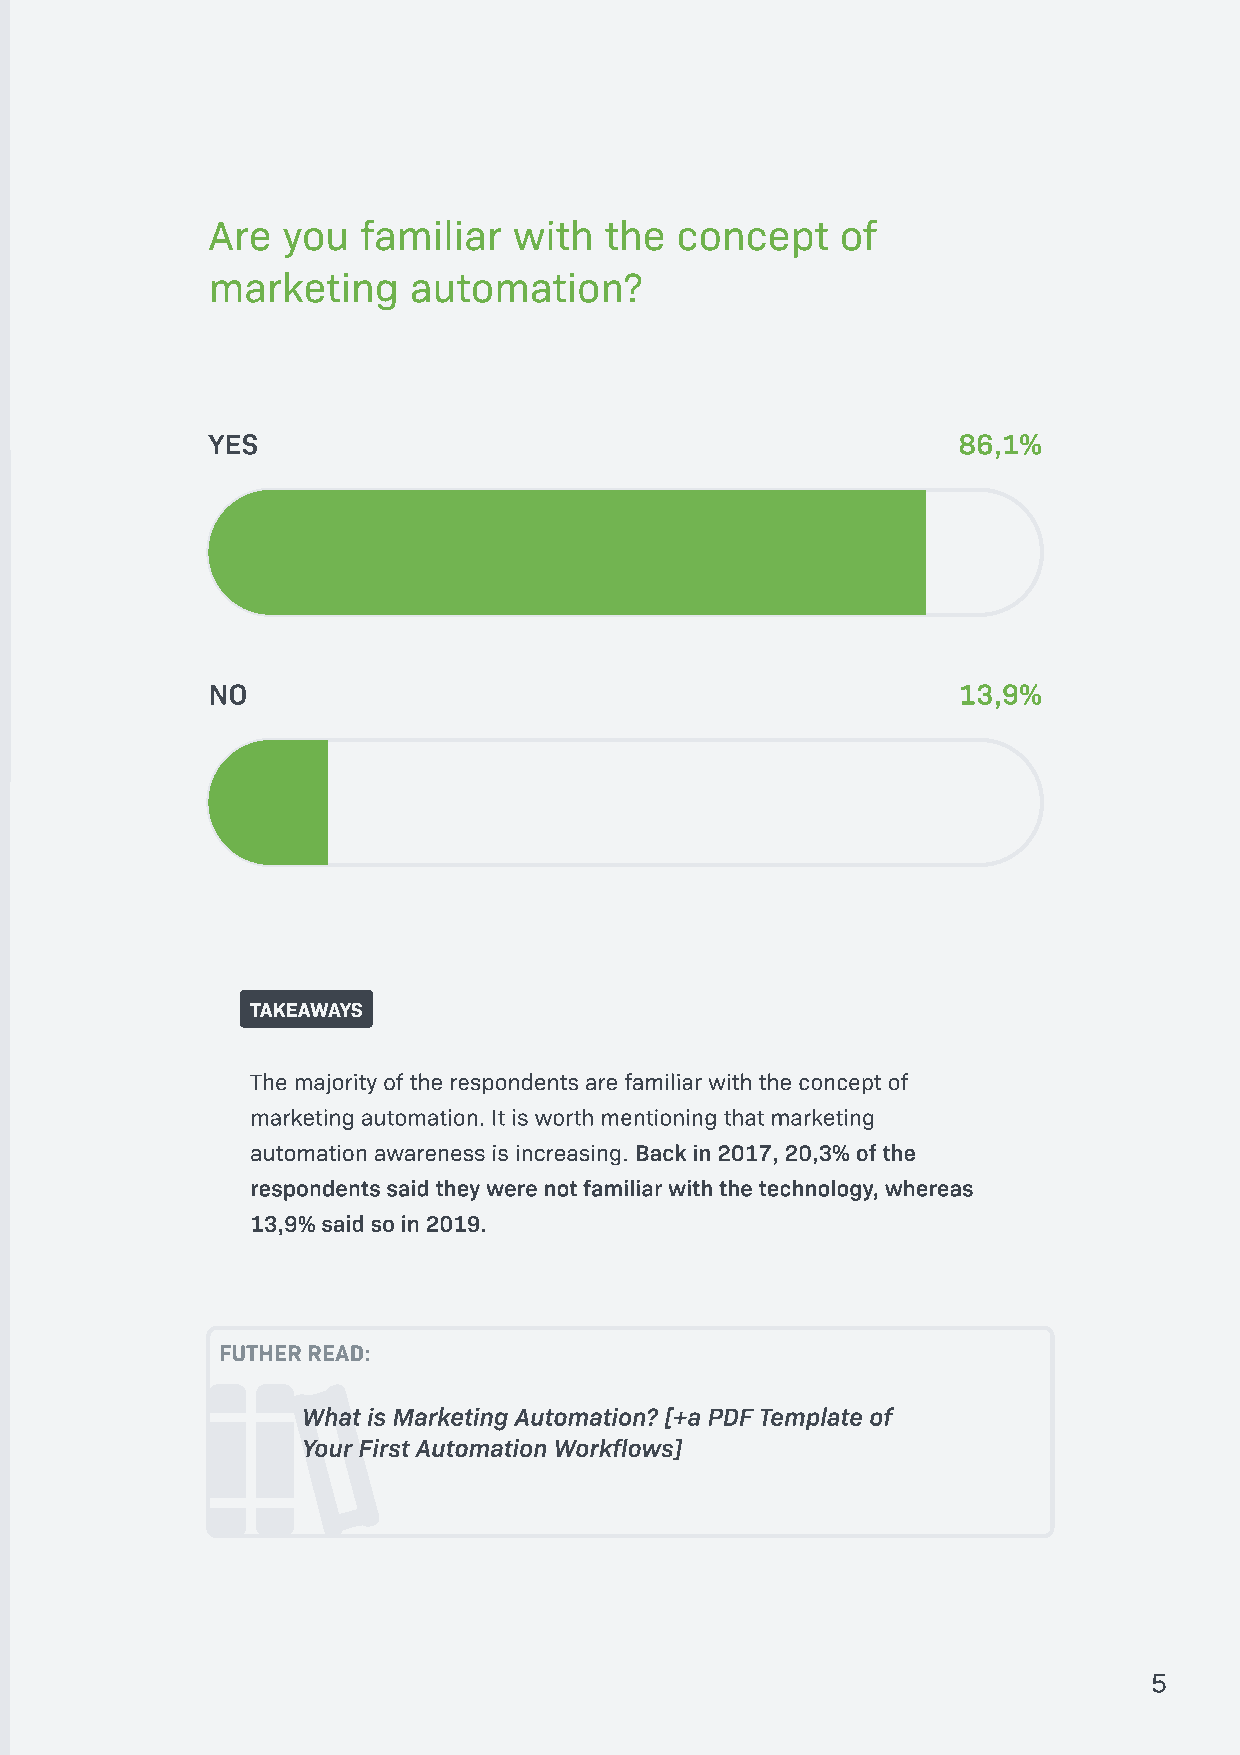
Are  you  familiar  with  the  concept    of
 marketing    automation?
 YES                                              86,1%
 NO                                               13,9%
 TAKEAWAYS
 The majority of the respondents are familiar with the concept of
 marketing automation. It is worth mentioning that marketing
 automation awareness is increasing. Back in 2017, 20,3% of the
 respondents said they were not familiar with the technology, whereas
 13,9% said so in 2019.
 FUTHER READ:
 
 What is Marketing Automation? [+a PDF Template of
 Your First Automation Workflows]
 5